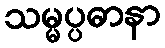
သမ္မပ္ပဓာနာ